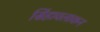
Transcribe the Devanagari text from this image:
सिंहावलाकन